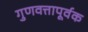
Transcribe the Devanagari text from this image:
गुणवत्तापूर्वक